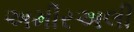
અમીરઅલી